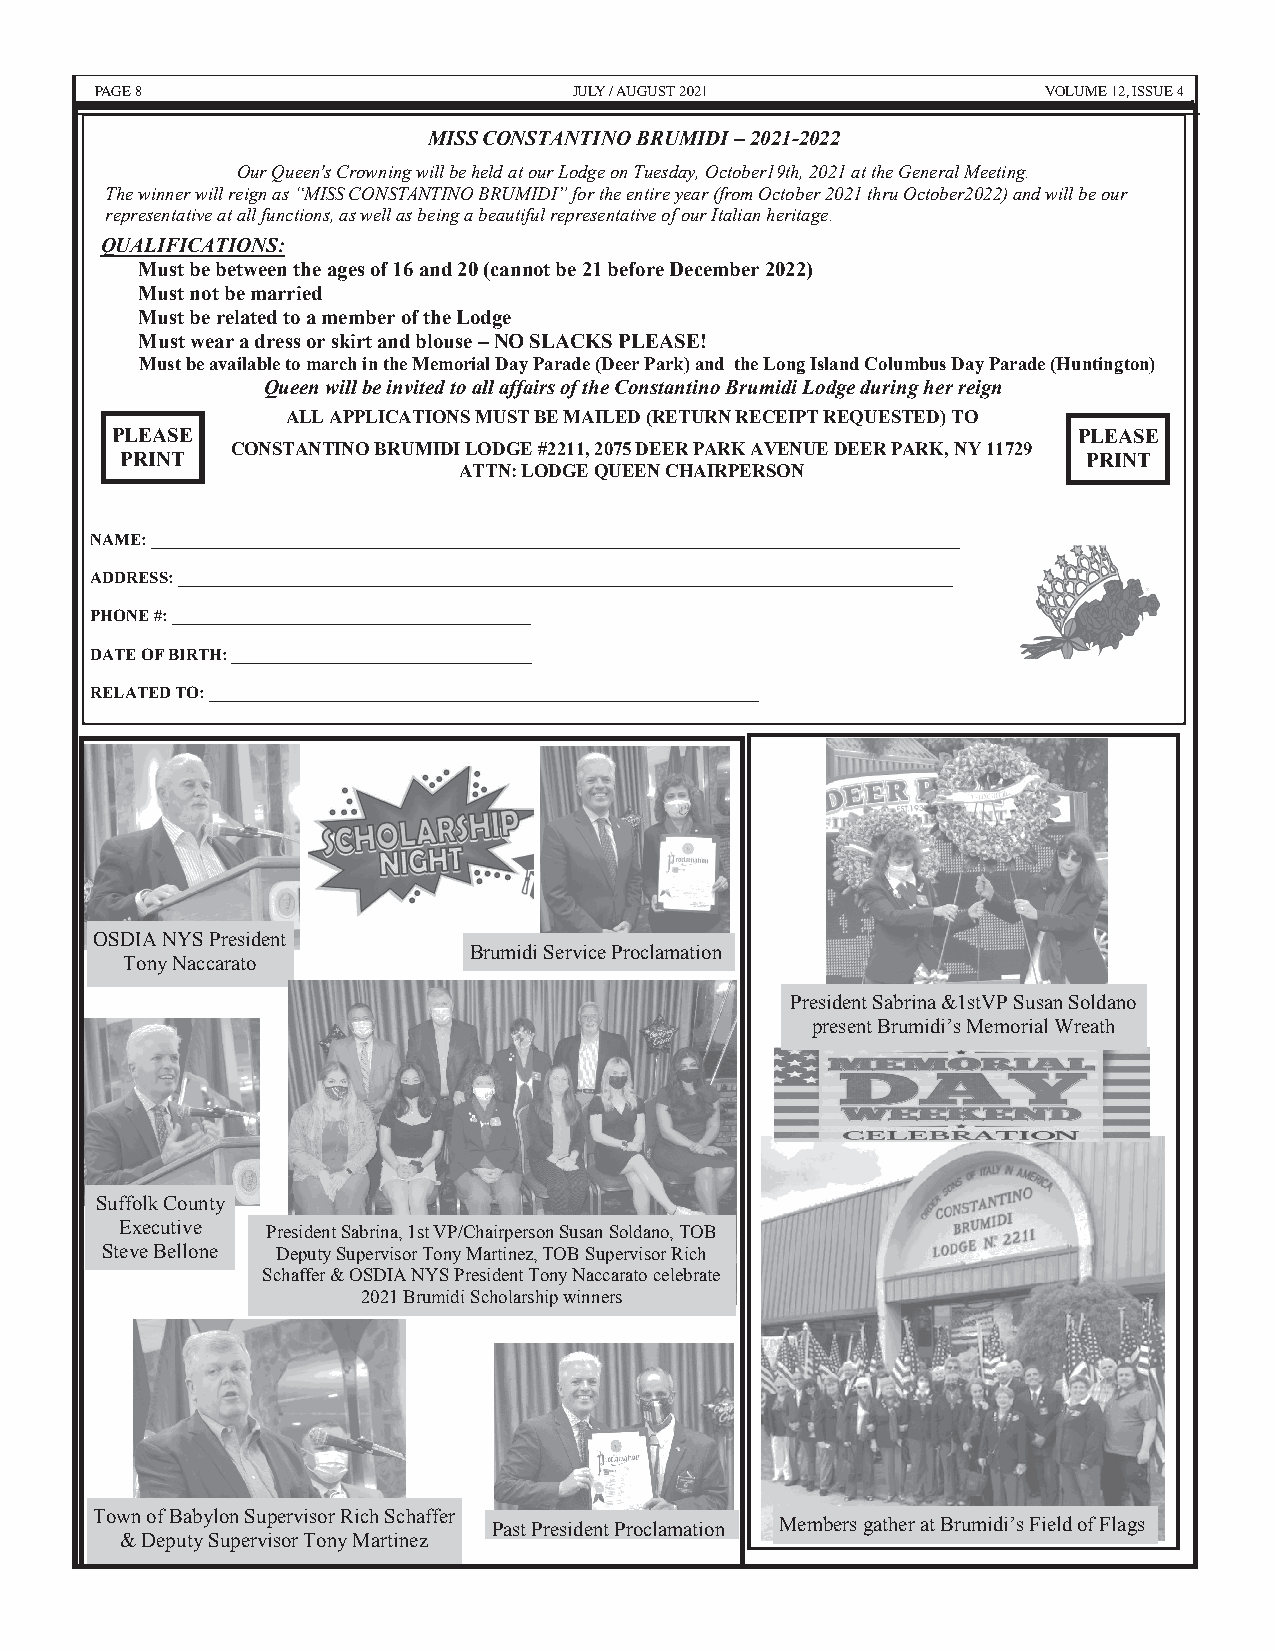
VOPALUGME 8E 12, ISSUE 4        JUJLUYL/YA /U AGUUGSUT S2T0 2210 21 VOLUME 12, I8S SUE 4
 MISS CONSTANTINO BRUMIDI – 2021-2022
 Our Queen's Crowning will be held at our Lodge on Tuesday, October19th, 2021 at the General Meeting.
 The winner will reign as “MISS CONSTANTINO BRUMIDI” for the entire year (from October 2021 thru October2022) and will be our
 representative at all functions, as well as being a beautiful representative of our Italian heritage.
 QUALIFICATIONS:
 Must be between the ages of 16 and 20 (cannot be 21 before December 2022)
 Must not be married
 Must be related to a member of the Lodge
 Must wear a dress or skirt and blouse – NO SLACKS PLEASE!
 Must be available to march in the Memorial Day Parade (Deer Park) and the Long Island Columbus Day Parade (Huntington)
 Queen will be invited to all affairs of the Constantino Brumidi Lodge during her reign
 ALL APPLICATIONS MUST BE MAILED (RETURN RECEIPT REQUESTED) TO
 PLEASE                                                          PLEASE
 CONSTANTINO BRUMIDI LODGE #2211, 2075 DEER PARK AVENUE DEER PARK, NY 11729
 PRINT                                                           PRINT
 ATTN: LODGE QUEEN CHAIRPERSON
 NAME: _________________________________________________________________________________________________
 ADDRESS: _____________________________________________________________________________________________
 PHONE #: ___________________________________________
 DATE OF BIRTH: ____________________________________
 RELATED TO: __________________________________________________________________
 OSDIA NYS President
 Brumidi Service Proclamation
 Tony Naccarato
 President Sabrina &1stVP Susan Soldano
 present Brumidi’s Memorial Wreath
 Suffolk County
 Executive President Sabrina, 1st VP/Chairperson Susan Soldano, TOB
 Steve Bellone Deputy Supervisor Tony Martinez, TOB Supervisor Rich
 Schaffer & OSDIA NYS President Tony Naccarato celebrate
 2021 Brumidi Scholarship winners
 Town of Babylon Supervisor Rich Schaffer
 Past President Proclamation Members gather at Brumidi’s Field of Flags
 & Deputy Supervisor Tony Martinez